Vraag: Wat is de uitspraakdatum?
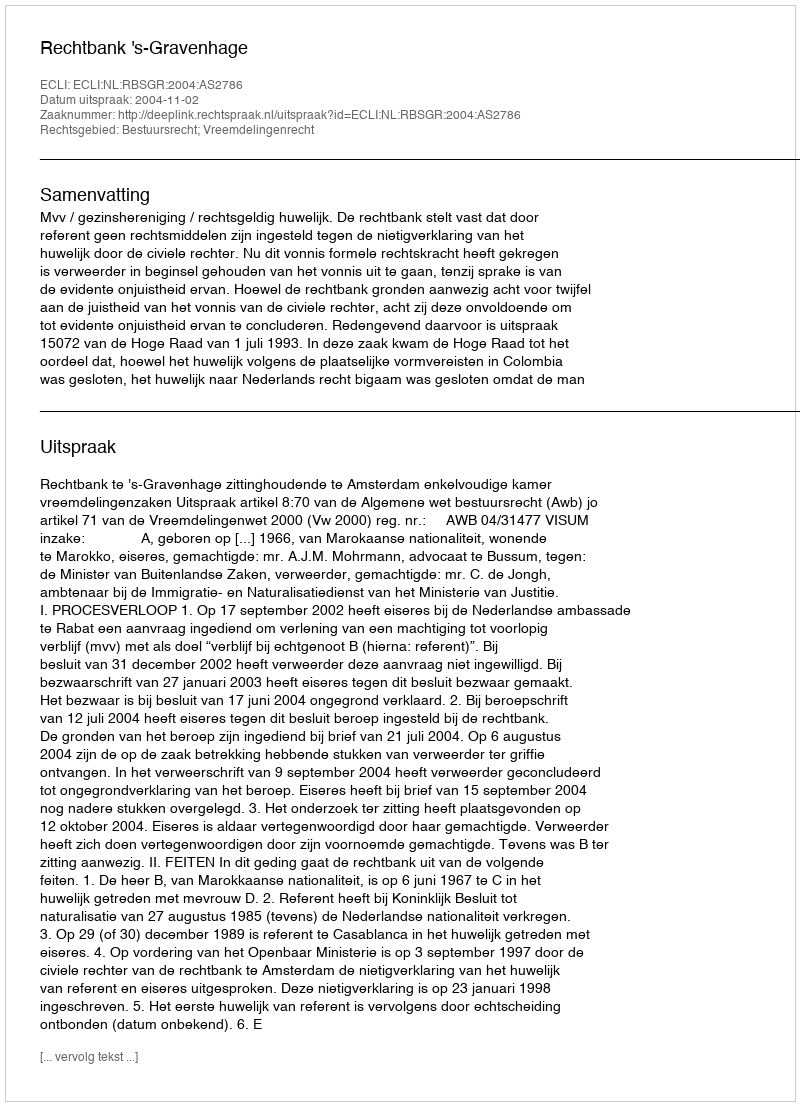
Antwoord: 2004-11-02